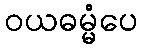
ဝယဓမ္မံပေ